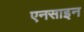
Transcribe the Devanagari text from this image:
एनसाइन